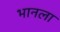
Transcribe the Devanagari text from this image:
भानला